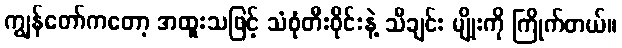
ကျွန်တော်ကတော့ အထူးသဖြင့် သံစုံတီးဝိုင်းနဲ့ သီချင်း မျိုးကို ကြိုက်တယ်။